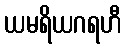
ယမရိယဂရဟီ